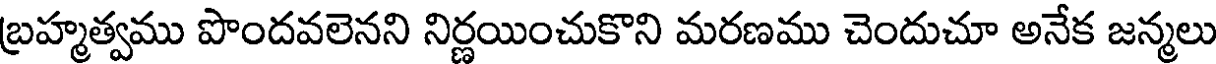
బ్రహ్మత్వము పొందవలెనని నిర్ణయించుకొని మరణము చెందుచూ అనేక జన్మలు